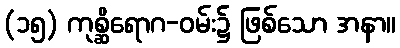
(၁၅) ကုစ္ဆိရောဂ-ဝမ်း၌ ဖြစ်သော အနာ။